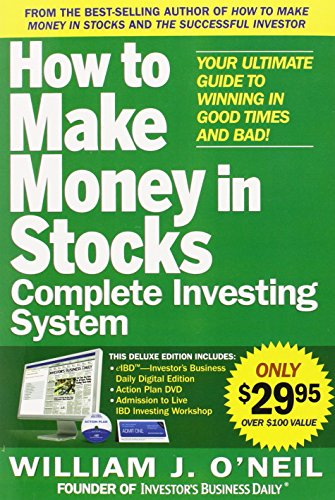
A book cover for The How to Make Money in Stocks Complete Investing System: Your Ultimate Guide to Winning in Good Times and Bad; William O'Neil; Business & Money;